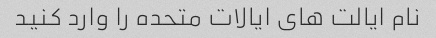
نام ایالت های ایالات متحده را وارد کنید